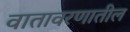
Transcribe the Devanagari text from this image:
वातावरणातील